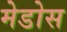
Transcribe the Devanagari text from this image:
मेडोस